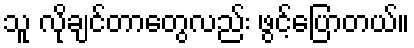
သူ လိုချင်တာတွေလည်း ဖွင့်ပြောတယ်။